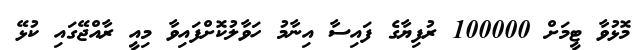
މޮޅުވާ ޓީމަށް 100000 ރުފިޔާގެ ފައިސާ އިނާމު ހަވާލުކޮށްފައިވާ މިއީ ރާއްޖޭގައި ކުޅޭ